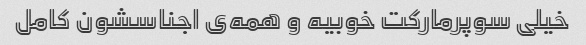
خیلی سوپرمارکت خوبیه و همه‌ی اجناسشون کامل